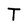
Character: T